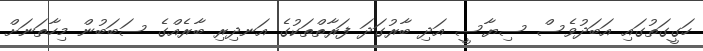
ހަގީގަތުގައި އަބަދުވެސް ސިޔާސީ އަދި ބާރުގަދަ ފަރާތްތަކުގެ އަނދިރި ބާރެއްގެ ސަބަބުން މިހާތަނަށް